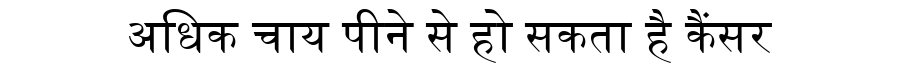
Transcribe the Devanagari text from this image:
अधिक चाय पीने से हो सकता है कैंसर